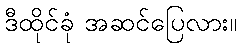
ဒီထိုင်ခုံ အဆင်ပြေလား။